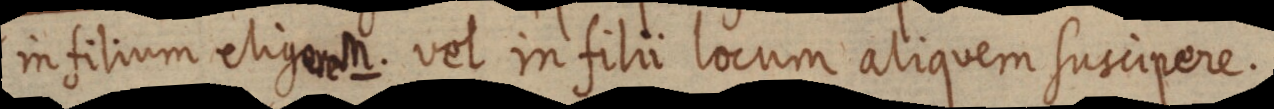
in filium eligerem. vel in filii locum aliquem suscipere.